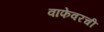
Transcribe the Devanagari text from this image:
वाफेवरची